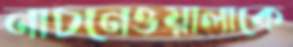
নাচনেওয়ালাকে